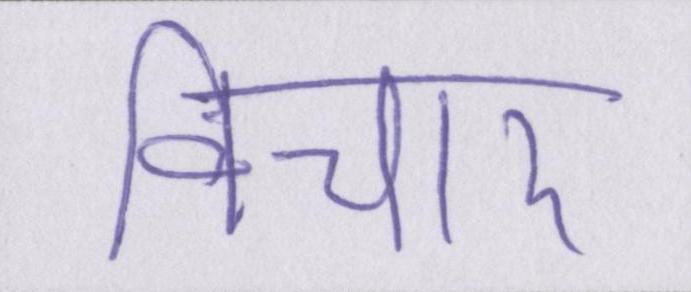
विचार